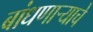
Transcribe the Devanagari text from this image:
बांधणार्‍याचे